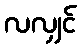
လလျှင်